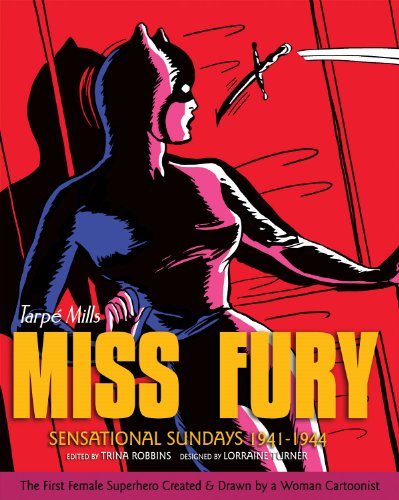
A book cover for Miss Fury Sensational Sundays: 1941-1944; Tarpe Mills; Humor & Entertainment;